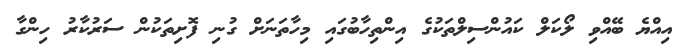
އިއްޔެ ބޭއްވި ލޯކަލް ކައުންސިލްތަކުގެ އިންތިހާބުގައި މިހާތަނަށް ގުނި ފޮށިތަކުން ސަރުކާރު ހިންގާ